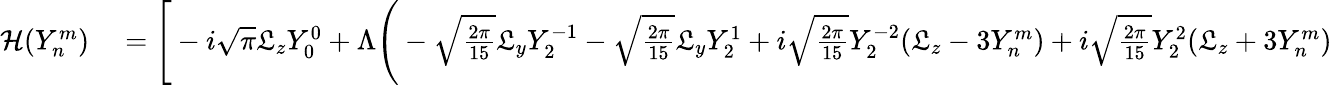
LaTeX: \begin{array}{rl}{\mathcal{H}(Y_{n}^{m})}&{{}=\Bigg[-i\sqrt{\pi}\mathfrak{L}_{z}Y_{0}^{0}+\Lambda\Bigg(-\sqrt{\frac{2\pi}{15}}\mathfrak{L}_{y}Y_{2}^{-1}-\sqrt{\frac{2\pi}{15}}\mathfrak{L}_{y}Y_{2}^{1}+i\sqrt{\frac{2\pi}{15}}Y_{2}^{-2}(\mathfrak{L}_{z}-3Y_{n}^{m})+i\sqrt{\frac{2\pi}{15}}Y_{2}^{2}(\mathfrak{L}_{z}+3Y_{n}^{m})}\end{array}